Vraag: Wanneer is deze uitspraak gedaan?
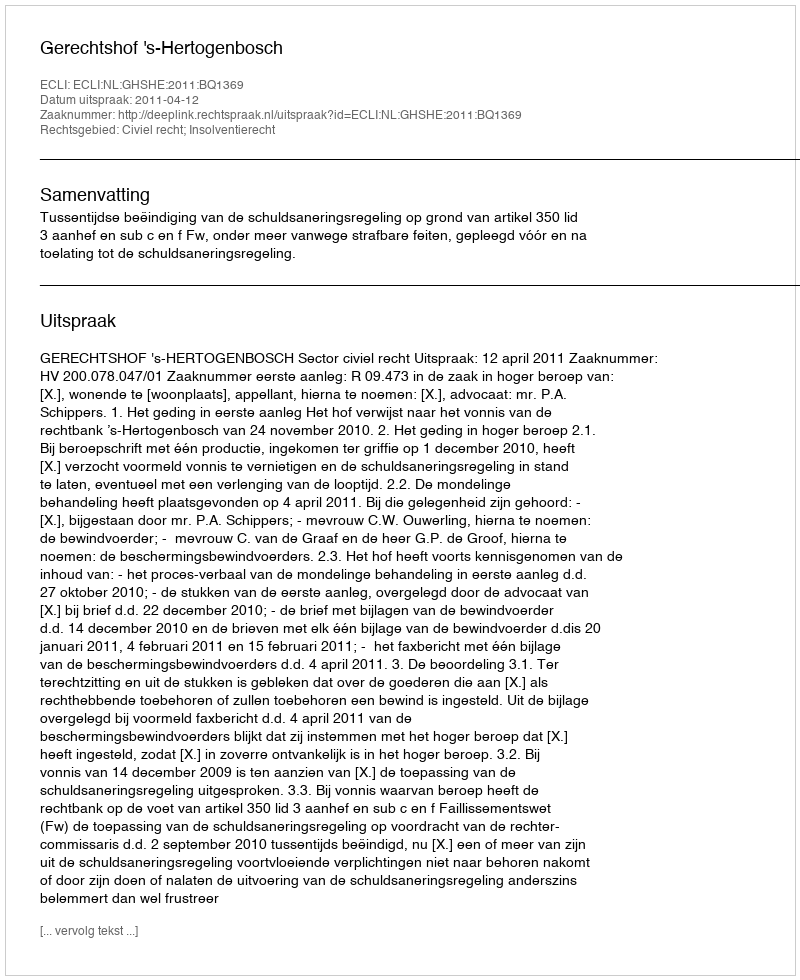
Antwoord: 2011-04-12